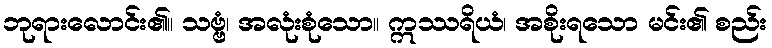
ဘုရားလောင်း၏။ သဗ္ဗံ၊ အလုံးစုံသော။ ဣဿရိယံ၊ အစိုးရသော မင်း၏ စည်း